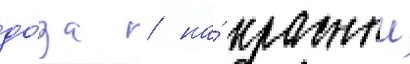
до́за / на́ красныи